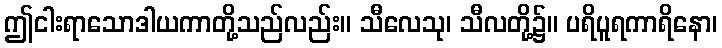
ဤငါးရာသောဒါယကာတို့သည်လည်း။ သီလေသု၊ သီလတို့၌။ ပရိပူရကာရိနော၊